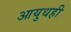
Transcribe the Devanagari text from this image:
आयुधही